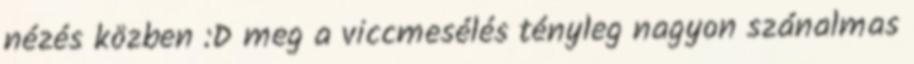
nézés közben :D meg a viccmesélés tényleg nagyon szánalmas